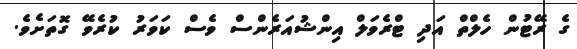
ގެ ރޭޓުން ހެލްތް އަދި ޓްރެވަލް އިންޝުއަރެންސް ވެސް ކަވަރު ކުރެވޭ ގޮތަށެވެ.